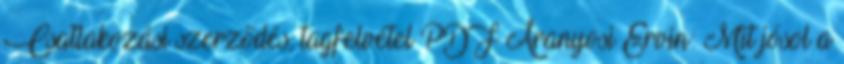
Csatlakozási szerződés, tagfelvétel PDF Aranyosi Ervin: Mit jósol a